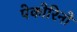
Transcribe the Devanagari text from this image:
पेकोरिनो